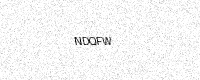
Text: NDQFW